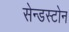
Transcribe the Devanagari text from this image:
सेन्डस्टोन